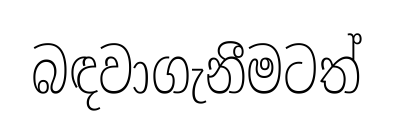
බඳවාගැනීමටත්